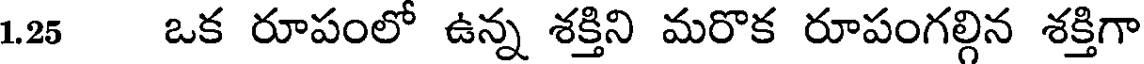
1.25 ఒక రూపంలో ఉన్న శక్తిని మరొక రూపంగల్గిన శక్తిగా